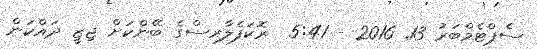
ސެޕްޓެމްބަރު 13